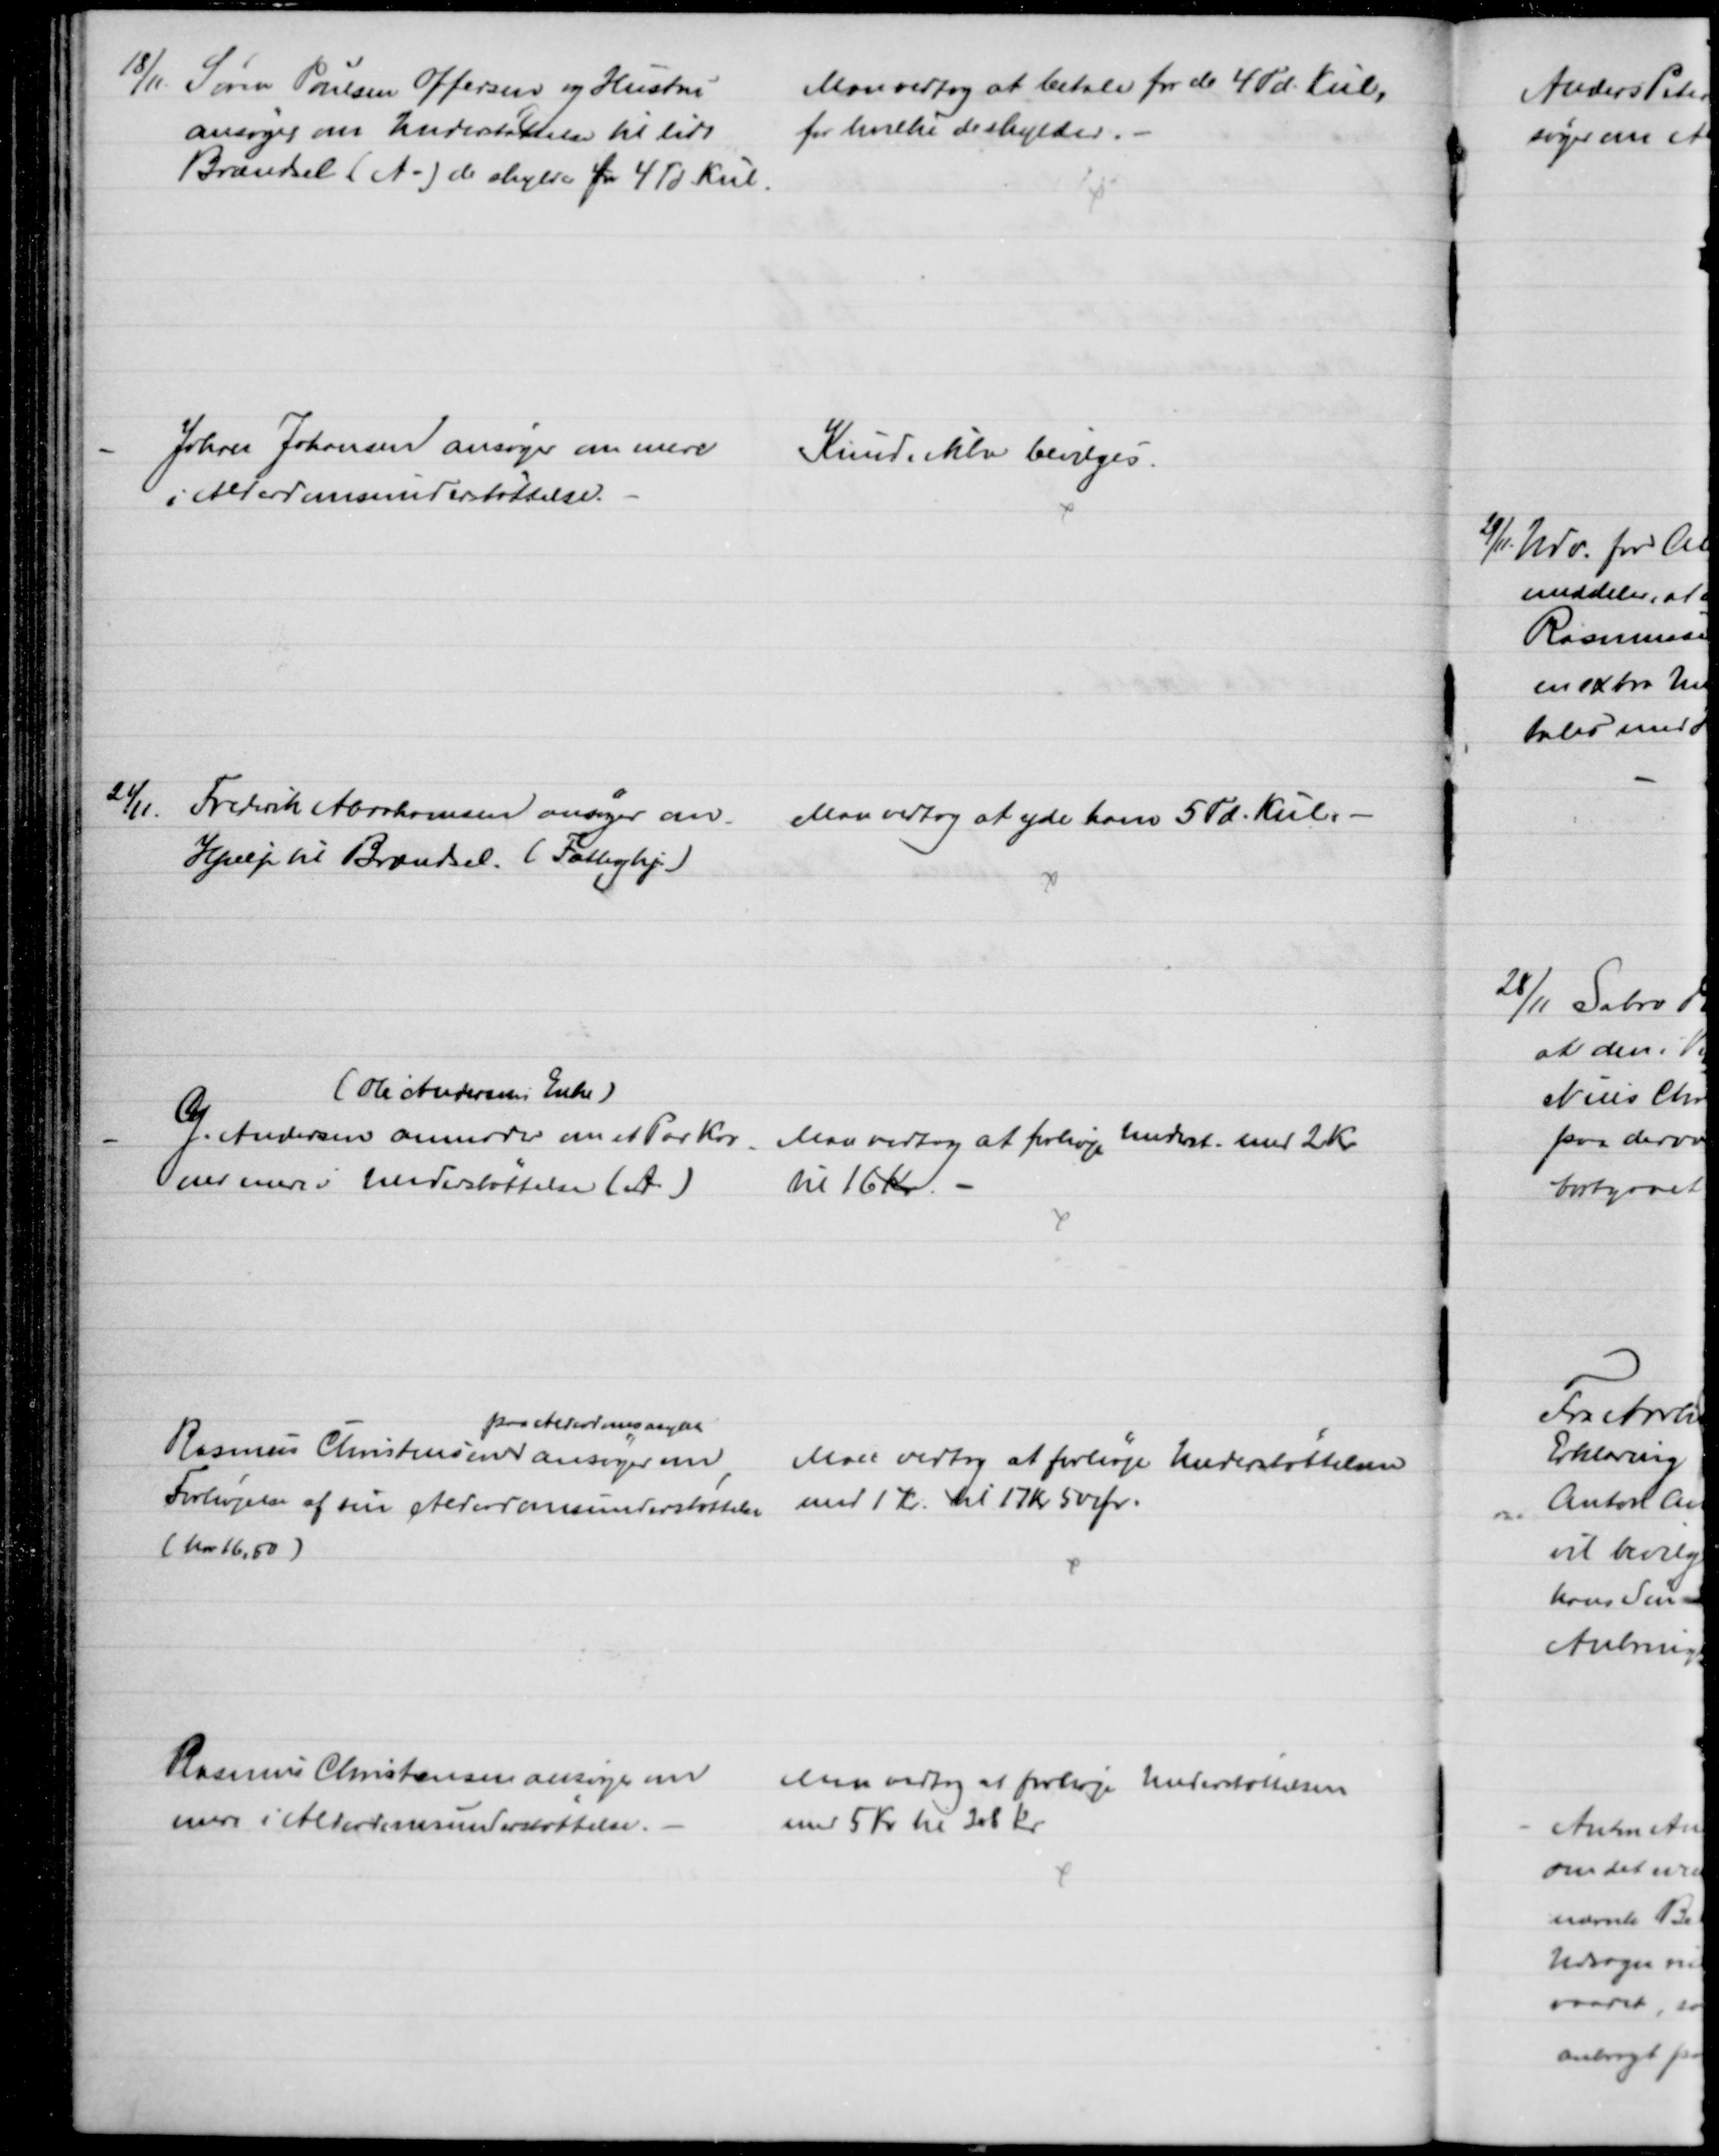
Transskription:
18/11. Søren Poulsen Offersen og Hustru
ansøger om Understøttelse til lidt
Brændsel (A -) de skylder for 4 Td Kul.
Man vedtog at betale for de 4 Td. Kul,
for hvilke de skylder.
Johan Johansen ansøger om mere
i Alderdomsunderstøttelse.
Kunde ikke bevilges.
21/11.
Frederik Abrahamsen ansøger om 
Hjælp til Brændsel. (Fattighj.)
Man vedtog at yde ham 5 Td. Kul.
(Ole Andersens Enke)
J. Andersen anmoder om et Par Kro
-
ner mere i Understøttelse (A.)
Man vedtog at forhøje Underst. med 2 Kr
til 16 Kr.
Rasmus Christensen 
paa Alderdomsasylet
ansøger om
Forhøjelse af sin Alderdomsunderstøttelse
(har 16,50)
Man vedtog at forhøje Understøttelsen
med 1 Kr. til 17 kr 50 Øre.
Rasmus Christensen ansøger om
mere i Alderdomsunderstøttelse.
Man vedtog at forhøje Understøttelsen
med 5 Kr til 28 Kr